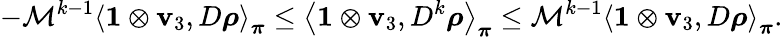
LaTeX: -\mathcal{M}^{k-1}\left\langle\mathbf{1}\otimes\mathbf{v}_{3},D\boldsymbol\rho\right\rangle_{\boldsymbol\pi}\leq\left\langle\mathbf{1}\otimes\mathbf{v}_{3},D^{k}\boldsymbol\rho\right\rangle_{\boldsymbol\pi}\leq\mathcal{M}^{k-1}\left\langle\mathbf{1}\otimes\mathbf{v}_{3},D\boldsymbol\rho\right\rangle_{\boldsymbol\pi}.